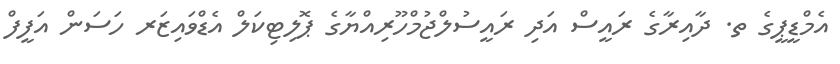
އެމްޑީޕީގެ ތ. ދާއިރާގެ ރައީސް އަދި ރައީސުލްޖުމްހޫރިއްޔާގެ ޕޮލިޓިކަލް އެޑްވައިޒަރ ހަސަން އަފީފް